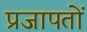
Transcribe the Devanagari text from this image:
प्रजापतों